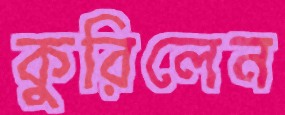
কুরিলেন